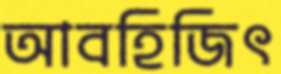
আবহিজিৎ